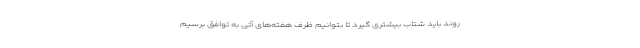
روند باید شتاب بیشتری گیرد تا بتوانیم ظرف هفته‌های آتی به توافق برسیم